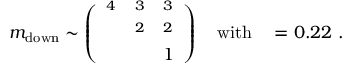
m _ { \mathrm { d o w n } } \sim \left( \begin{array} { l l l } { { \l ^ { 4 } } } & { { \l ^ { 3 } } } & { { \l ^ { 3 } } } \\ { { } } & { { \l ^ { 2 } } } & { { \l ^ { 2 } } } \\ { { } } & { { } } & { { 1 } } \end{array} \right) \quad \mathrm { w i t h } \quad \l = 0 . 2 2 \ .